画像に写った文字を読んでください
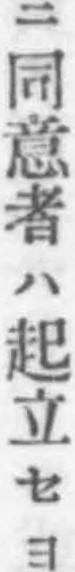
「ニ同意者ハ起立セヨ」と書いてあります